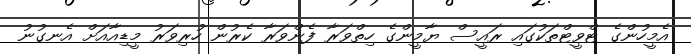
އެމީހުންގެ ޓްވީޓްތަކުގައި ރައީސް ޔާމީންގެ ހިތްވަރާ ފެންވަރާ ކެރުން ހުރިވަރު މީޑިއާއަށް އެނގުނު